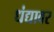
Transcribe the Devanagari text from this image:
धंद्यावर